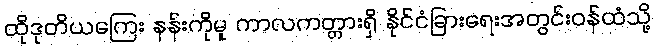
ထိုဒုတိယကြေး နန်းကိုမူ ကာလကတ္တားရှိ နိုင်ငံခြားရေးအတွင်းဝန်ထံသို့